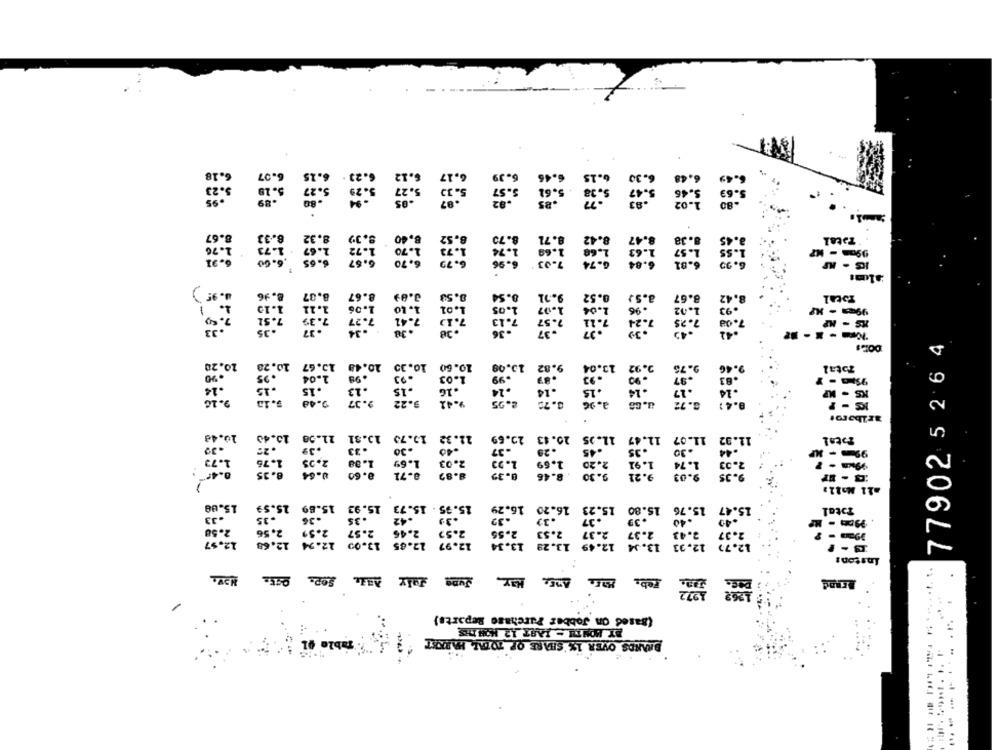
.18
6.25
6.48
5.23
5: 27
6.1:
3.39
ESe
EG:
1.76
3. 39
.70
1.38
Total
1. 70
L- 57
1.95 )
8.50
0. 54
9.91
3.61
1.03
Total
:2
DOIS
77902 5 26 4
D
333332
13.08
33
Total
KS
10.48
. 39
Total
1.73
=21 Mall,
O
15.00
15.35 - 15.73
Total
.33
12,57
Feb. , AT5: May Jume July Aal. Sep: Qi5. Nov.
Brand
(Based On Jobber Purchase Reparte)
BY MONTH - JAAT 12 MONTES
BANEDS OVER 1% SHARE OF TOTAL HARKOST
....-----